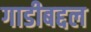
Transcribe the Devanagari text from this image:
गाडीबद्दल